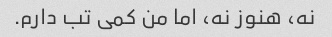
نه، هنوز نه، اما من کمی تب دارم.